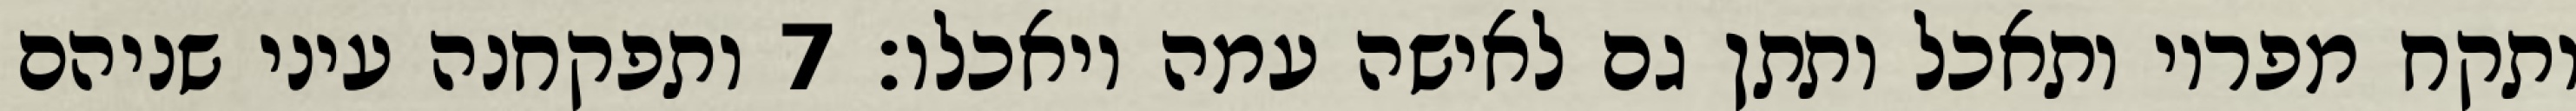
ותקח מפריו ותאכל ותתן גם לאישה עמה ויאכלו׃ ‎7‏ ותפקחנה עיני שניהם